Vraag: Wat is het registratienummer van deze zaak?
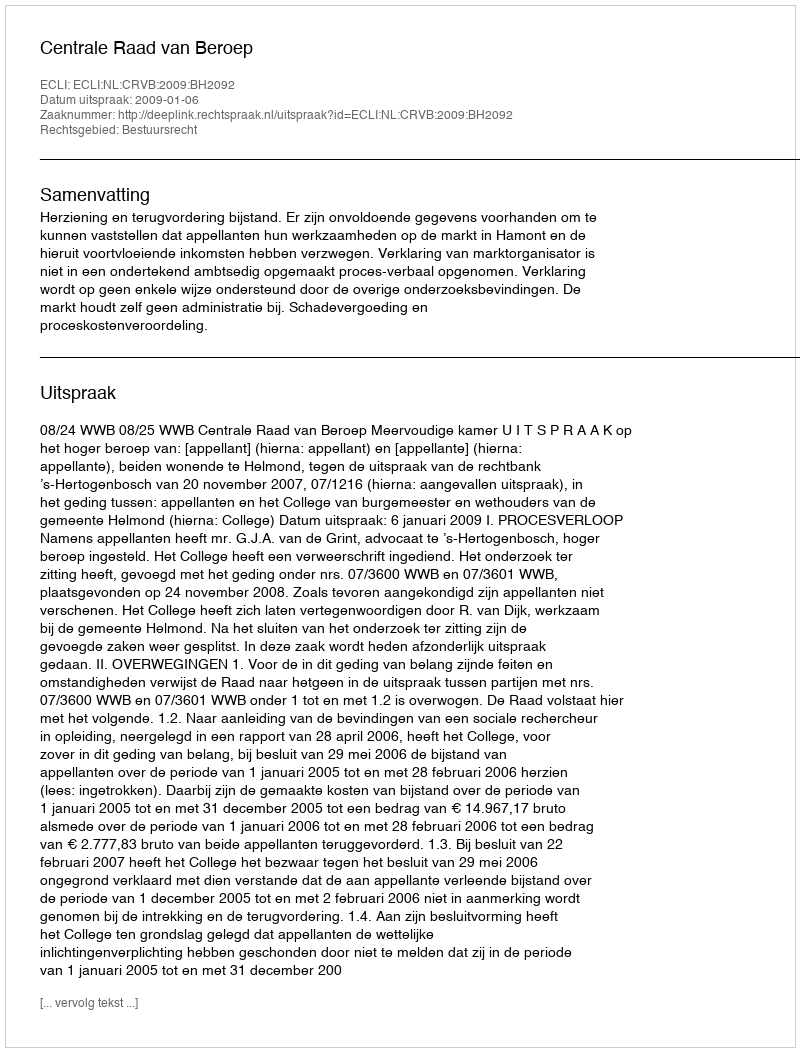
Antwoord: http://deeplink.rechtspraak.nl/uitspraak?id=ECLI:NL:CRVB:2009:BH2092